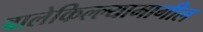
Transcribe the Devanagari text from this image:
बालेकिल्ल्यामागील